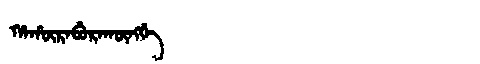
Manchu: ᡥᠠᡥᡡᡵᠠᠪᡠᡵᠠᡴᡡᠩᡤᡝ
Romanization: HAHŪRABURAKŪNGGE